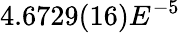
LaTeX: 4.6729(16)E^{-5}